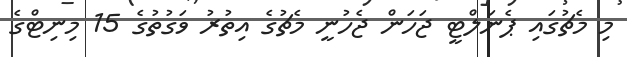
މި މެޗުގައި ޕެނަލްޓީ ޖަހަން ޖެހުނީ މެޗުގެ އިތުރު ވަގުތުގެ 15 މިނިޓްގެ